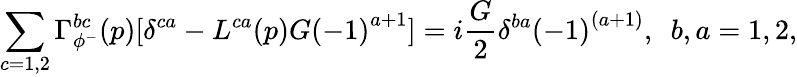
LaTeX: \sum_{c=1,2}\Gamma_{\phi^{-}}^{bc}(p)[\delta^{ca}-L^{ca}(p)G{(-1)}^{a+1}]=i\frac{G}{2}\delta^{ba}{(-1)}^{(a+1)},\ \ b,a=1,2,